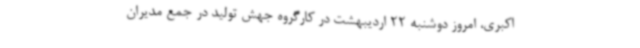
اکبری، امروز دوشنبه 22 اردیبهشت در کارگروه جهش تولید در جمع مدیران